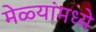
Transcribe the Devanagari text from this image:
मेळ्यांमध्ये